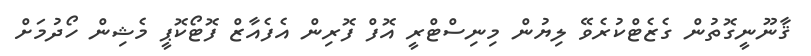
ޤާނޫނީގޮތުން ގެޒެޓްކުރެވޭ ލިޔުން މިނިސްޓްރީ އޮފް ފޮރިން އެފެއާޒް ފޮޓޯކޮޕީ މެޝިން ހޯދުމަށް